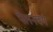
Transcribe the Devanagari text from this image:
फ्लेनबर्ग